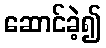
ဆောင်ခဲ့၍